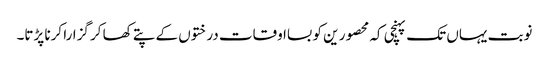
نوبت یہاں تک پہنچی کہ محصور ین کو بسااوقات درختوں کے پتے کھا کر گزارا کرنا پڑتا۔